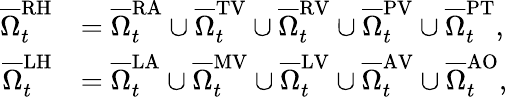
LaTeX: \begin{array}{rl}{{\overline{{\Omega}}_{t}^{\mathrm{RH}}}}&{{=\overline{{\Omega}}_{t}^{\mathrm{RA}}\cup\overline{{\Omega}}_{t}^{\mathrm{TV}}\cup\overline{{\Omega}}_{t}^{\mathrm{RV}}\cup\overline{{\Omega}}_{t}^{\mathrm{PV}}\cup\overline{{\Omega}}_{t}^{\mathrm{PT}},}}\\ {{\overline{{\Omega}}_{t}^{\mathrm{LH}}}}&{{=\overline{{\Omega}}_{t}^{\mathrm{LA}}\cup\overline{{\Omega}}_{t}^{\mathrm{MV}}\cup\overline{{\Omega}}_{t}^{\mathrm{LV}}\cup\overline{{\Omega}}_{t}^{\mathrm{AV}}\cup\overline{{\Omega}}_{t}^{\mathrm{AO}}},}\end{array}